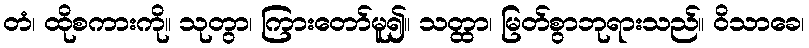
တံ၊ ထိုစကားကို။ သုတွာ၊ ကြားတော်မူ၍။ သတ္ထာ၊ မြတ်စွာဘုရားသည်။ ဝိသာခေ၊